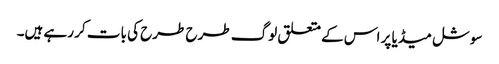
سوشل میڈیا پر اس کے متعلق لوگ طرح طرح کی بات کر رہے ہیں۔